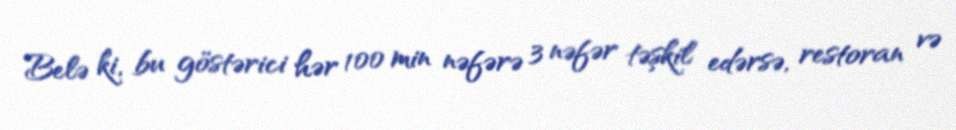
Belə ki, bu göstərici hər 100 min nəfərə 3 nəfər təşkil edərsə, restoran və